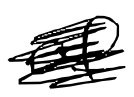
Text: of
Cross-out: scratch
Writing tool: digital_black